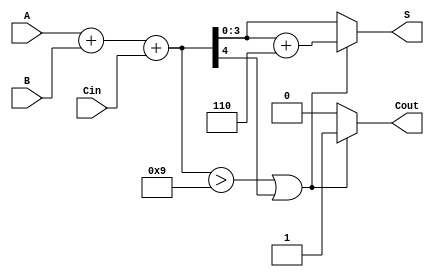
module BCD_Fast_Adder (
    input [3:0] A,      // First BCD digit
    input [3:0] B,      // Second BCD digit
    input Cin,          // Carry-in
    output reg [3:0] S, // BCD sum output
    output reg Cout     // Carry-out
);

    wire [4:0] sum;     // 5-bit sum to accommodate carry
    wire correction;     // Correction flag

    // Step 1: Binary Addition
    assign sum = A + B + Cin;

    // Step 2: Check for BCD correction
    assign correction = (sum > 9) || (sum[4]);

    // Step 3: Correction Logic
    always @(*) begin
        if (correction) begin
            S = sum + 5'd6; // Add 6 if correction is needed
            Cout = 1;       // Set carry-out
        end else begin
            S = sum[3:0];   // No correction needed
            Cout = 0;       // No carry-out
        end
    end

endmodule